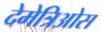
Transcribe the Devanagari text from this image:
देमेत्रिओस